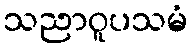
သညာဝူပသမံ